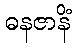
ဓနဇာနိံ